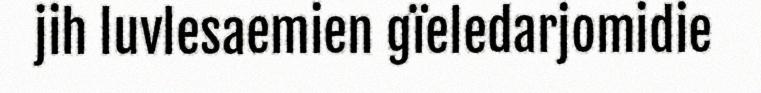
jih luvlesaemien gïeledarjomidie